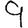
Digit: 9